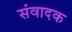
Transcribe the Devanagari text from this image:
संवादक